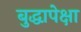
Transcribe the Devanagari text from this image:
बुद्धापेक्षा